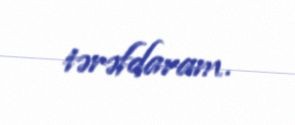
tərəfdaram.